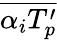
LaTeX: \overline{{\alpha_{i}{T_{p}^{\prime}}}}